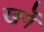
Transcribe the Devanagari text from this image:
खर्गे